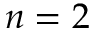
n = 2